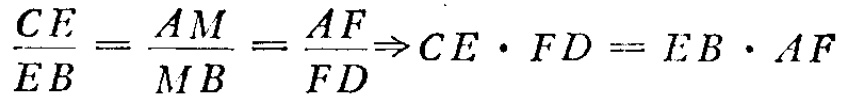
\(\frac{CE}{EB}=\frac{AM}{MB}=\frac{AF}{FD}\Rightarrow CE\cdot FD = EB\cdot AF\)